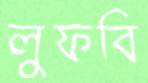
লুফবি